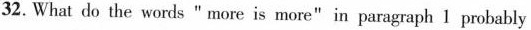
32. What do the words" more is more"in paragraph 1 probsbly